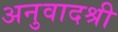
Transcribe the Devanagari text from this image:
अनुवादश्री